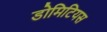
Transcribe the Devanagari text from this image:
डोमिटियस